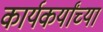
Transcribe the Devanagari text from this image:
कार्यकर्यांच्या